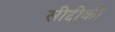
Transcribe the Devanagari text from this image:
सीद्दीकी